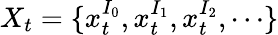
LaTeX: X_{t}=\{ x_{t}^{I_{0}},x_{t}^{I_{1}},x_{t}^{I_{2}},\cdots\}